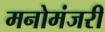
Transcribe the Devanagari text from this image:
मनोमंजरी